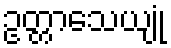
ဥတ္တာသေယျုံ